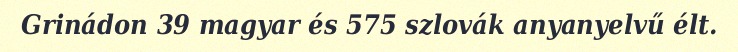
Grinádon 39 magyar és 575 szlovák anyanyelvű élt.